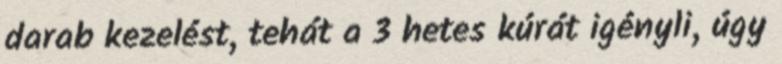
darab kezelést, tehát a 3 hetes kúrát igényli, úgy